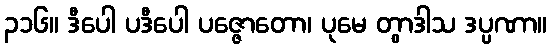
၃၁၆။ ဒီပေါ ပဒီပေါ ပဇ္ဇောတော၊ ပုမေ တွာဒါသ ဒပ္ပဏာ။